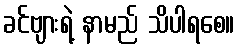
ခင်ဗျားရဲ့ နာမည် သိပါရစေ။